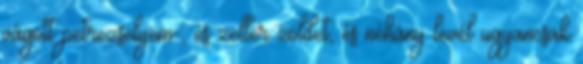
vágott petrezselyem-, és zeller zöldet, és néhány levél ugyancsak